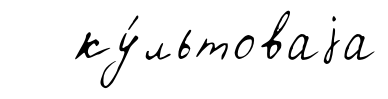
ку́льтоваjа